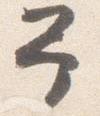
予